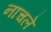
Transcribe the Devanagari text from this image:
नाचले